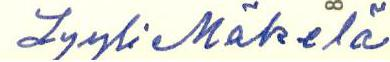
Lyyli Mäkelä